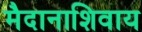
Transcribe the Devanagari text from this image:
मैदानाशिवाय